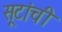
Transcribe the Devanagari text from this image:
सूटांची